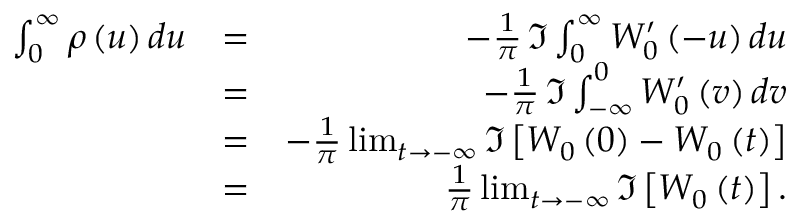
\begin{array} { r l r } { \int _ { 0 } ^ { \infty } \rho \left( u \right) d u } & { = } & { - \frac { 1 } { \pi } \, \Im \int _ { 0 } ^ { \infty } W _ { 0 } ^ { \prime } \left( - u \right) d u } \\ & { = } & { - \frac { 1 } { \pi } \, \Im \int _ { - \infty } ^ { 0 } W _ { 0 } ^ { \prime } \left( v \right) d v } \\ & { = } & { - \frac { 1 } { \pi } \operatorname* { l i m } _ { t \rightarrow - \infty } \Im \left[ W _ { 0 } \left( 0 \right) - W _ { 0 } \left( t \right) \right] } \\ & { = } & { \frac { 1 } { \pi } \operatorname* { l i m } _ { t \rightarrow - \infty } \Im \left[ W _ { 0 } \left( t \right) \right] . } \end{array}